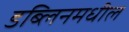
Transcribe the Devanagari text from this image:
डब्लिनमधील